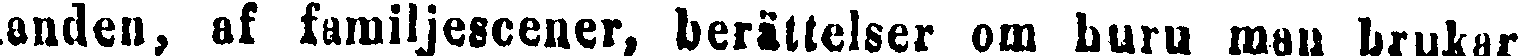
anden, af familjescener, berättelser om huru man brukar